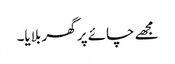
مجھے چائے پر گھر بلایا۔